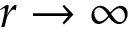
r \rightarrow \infty